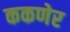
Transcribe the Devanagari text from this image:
ककणेर